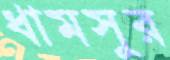
ধামসুর